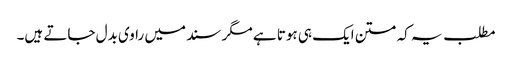
مطلب یہ کہ متن ایک ہی ہوتا ہے مگر سند میں راوی بدل جاتے ہیں۔